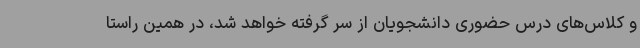
و کلاس‌های درس حضوری دانشجویان از سر گرفته خواهد شد، در همین راستا